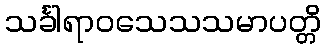
သင်္ခါရာဝသေသသမာပတ္တိ